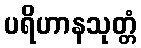
ပရိဟာနသုတ္တံ